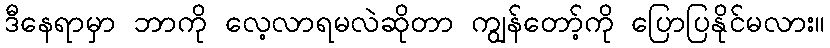
ဒီနေရာမှာ ဘာကို လေ့လာရမလဲဆိုတာ ကျွန်တော့်ကို ပြောပြနိုင်မလား။